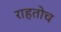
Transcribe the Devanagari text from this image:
राहतोच